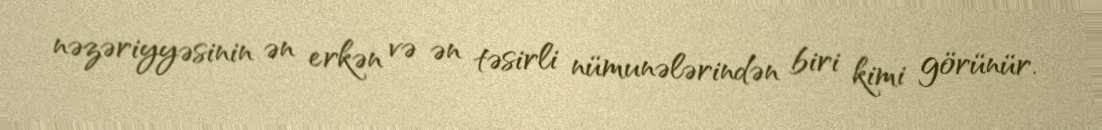
nəzəriyyəsinin ən erkən və ən təsirli nümunələrindən biri kimi görünür.